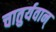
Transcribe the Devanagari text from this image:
चातुर्यवान्